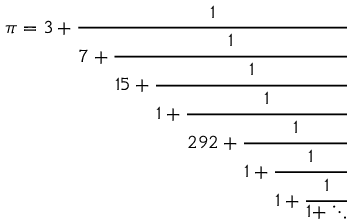
\pi = 3 + \textstyle { \cfrac { 1 } { 7 + \textstyle { \cfrac { 1 } { 1 5 + \textstyle { \cfrac { 1 } { 1 + \textstyle { \cfrac { 1 } { 2 9 2 + \textstyle { \cfrac { 1 } { 1 + \textstyle { \cfrac { 1 } { 1 + \textstyle { \cfrac { 1 } { 1 + \ddots } } } } } } } } } } } } } }